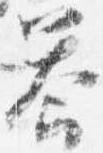
答